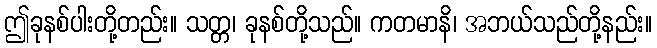
ဤခုနစ်ပါးတို့တည်း။ သတ္တ၊ ခုနစ်တို့သည်။ ကတမာနိ၊ အဘယ်သည်တို့နည်း။